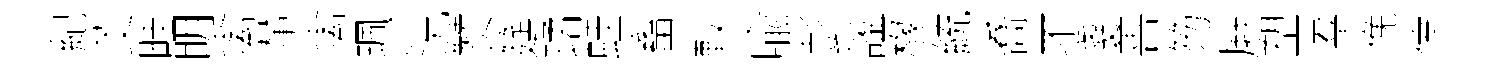
紀茭畦眀禽輦禽珮況赞筵璚蛙畜較喩彭謐椽統喬丕剗善笏屛塑羣俛倖